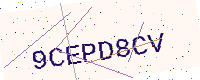
Text: 9CEPD8CV